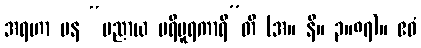
အရဟာ ပန “ပညာယ ပရိပူရကာရီ”တိ (အ။ နိ။ ၃။၈၇)။ ဧဝံ